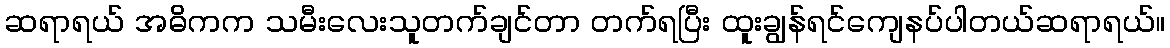
ဆရာရယ် အဓိကက သမီးလေးသူတက်ချင်တာ တက်ရပြီး ထူးချွန်ရင်ကျေနပ်ပါတယ်ဆရာရယ်။